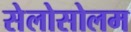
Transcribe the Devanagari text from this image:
सेलोसोलम